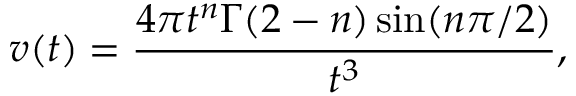
v ( t ) = \frac { 4 \pi t ^ { n } \Gamma ( 2 - n ) \sin ( n \pi / 2 ) } { t ^ { 3 } } ,